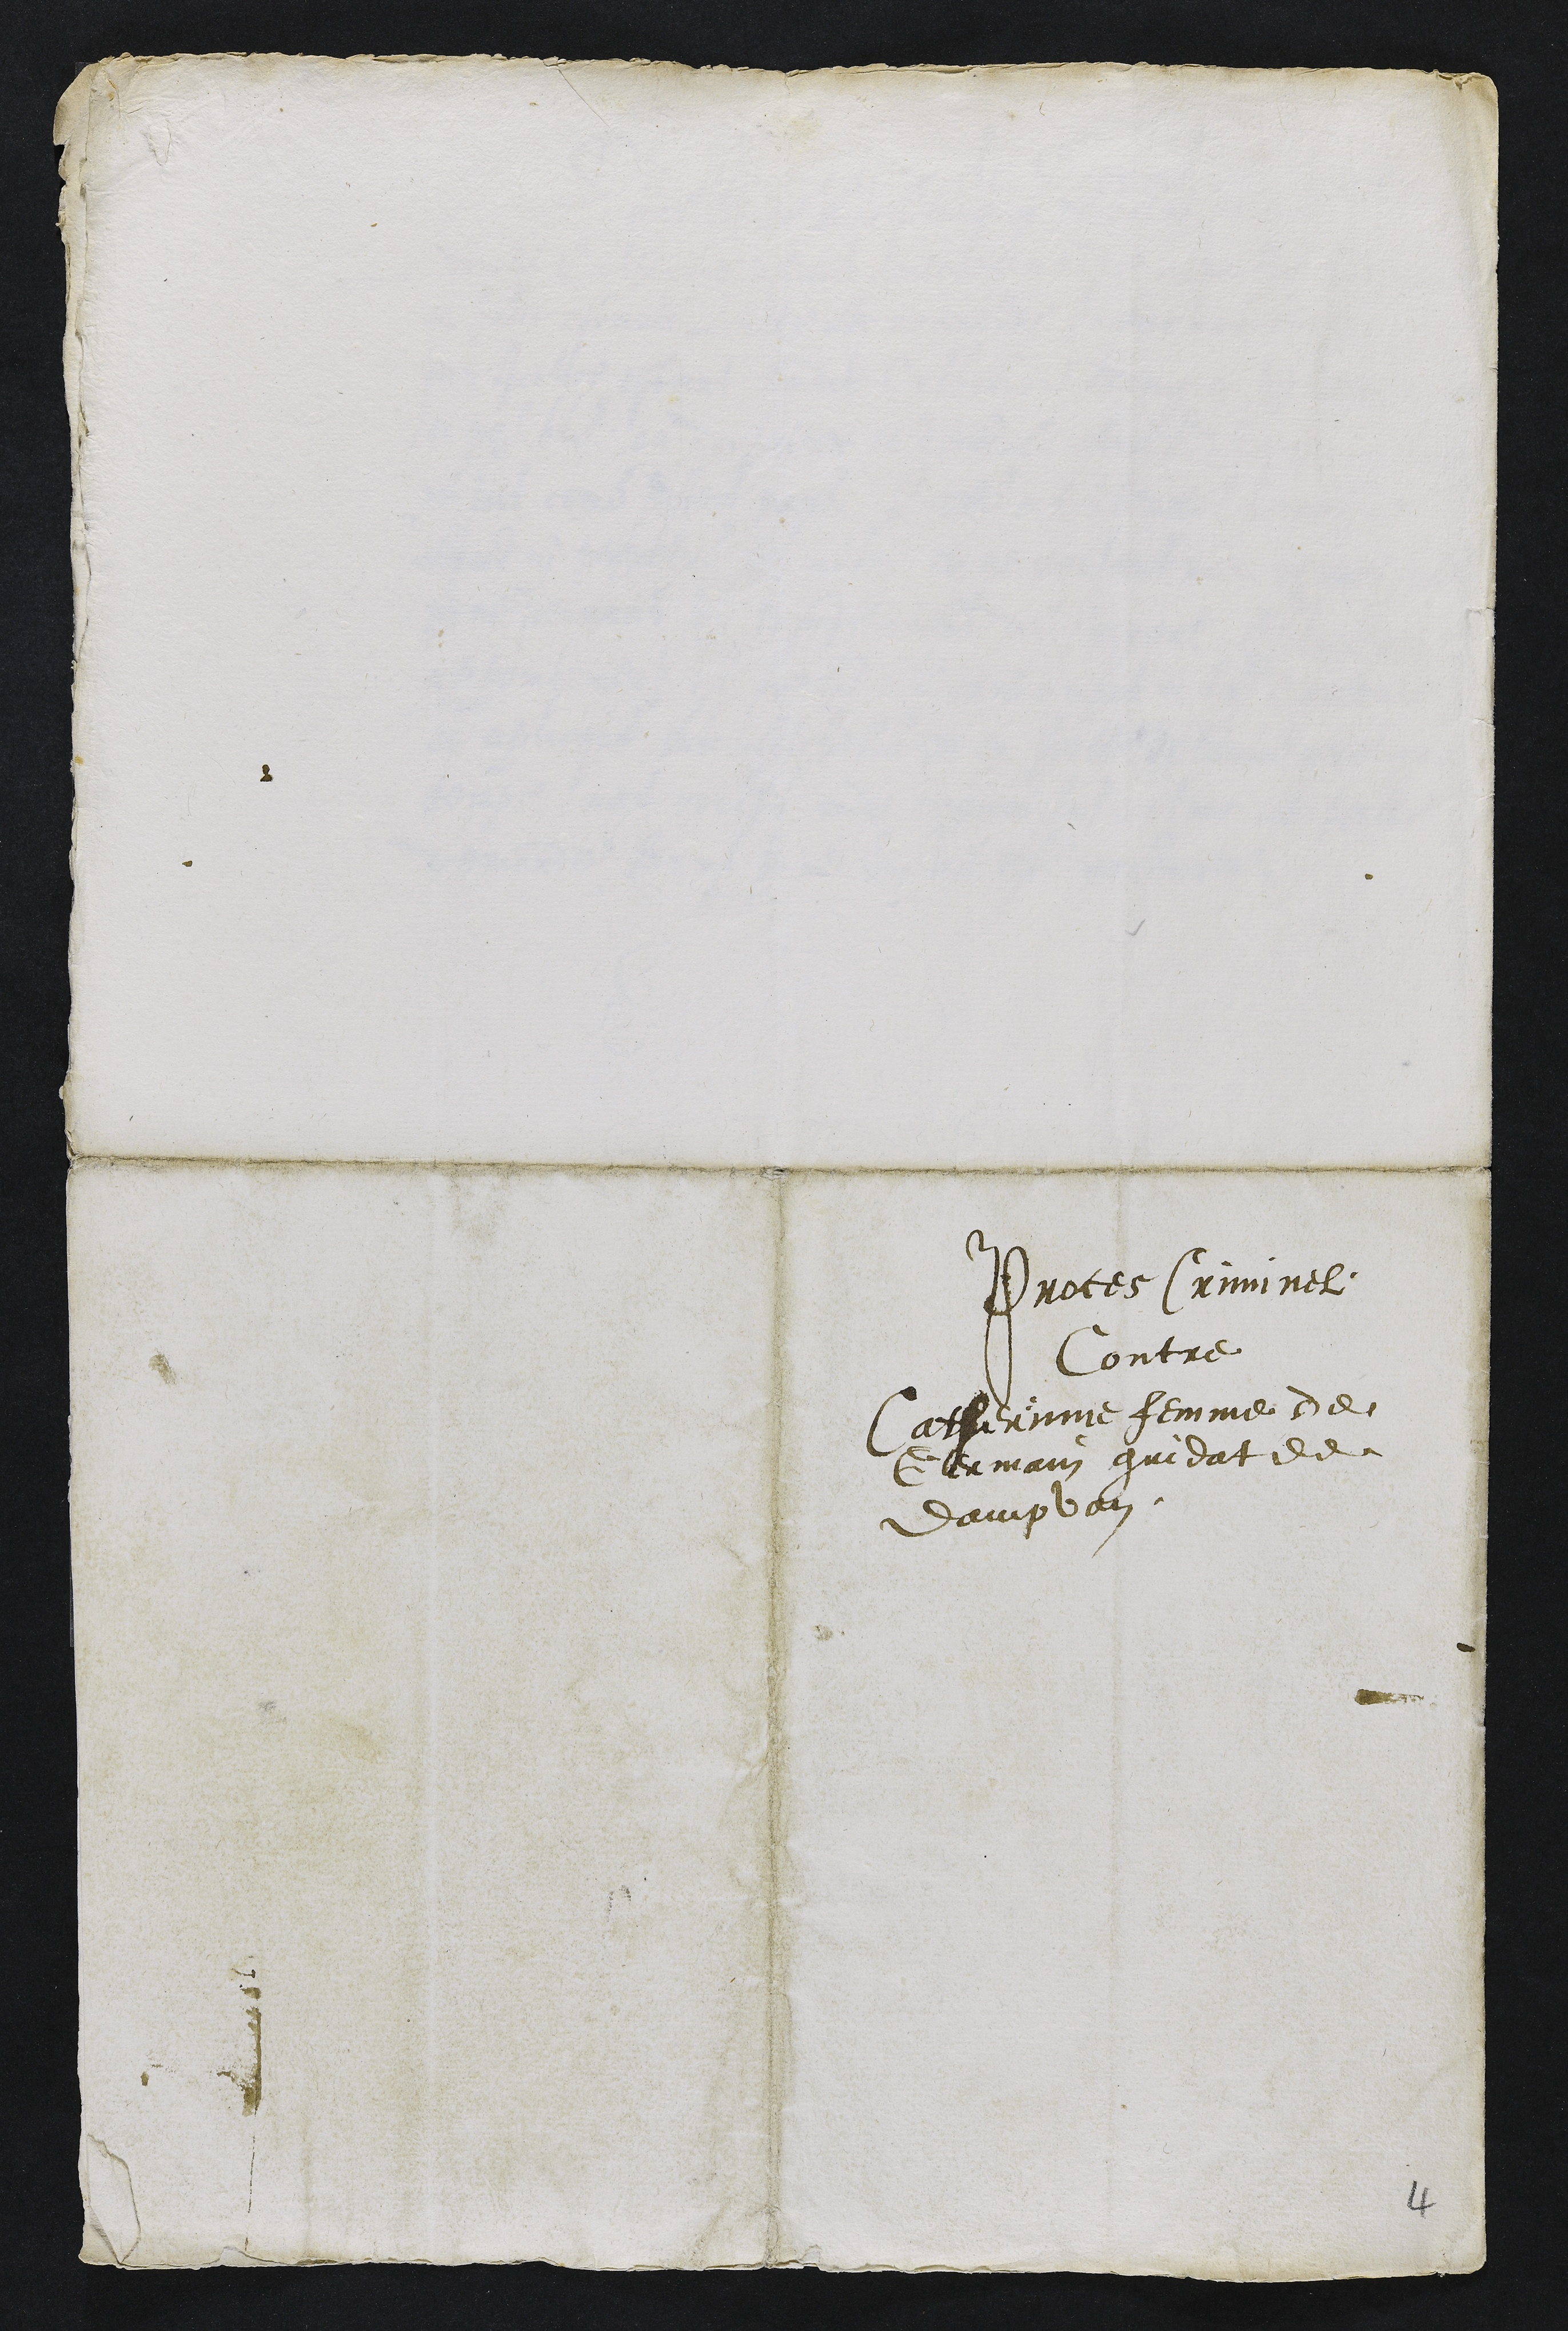
Proces Criminel
Contre
Catherinne femme de
Germain gindat de
dampvan

4